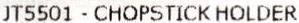
JT5501 - CHOPSTICK HOLDER